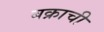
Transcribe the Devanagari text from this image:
बक्राची